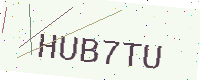
Text: HUB7TU